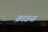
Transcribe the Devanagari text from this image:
क्राउन्स